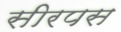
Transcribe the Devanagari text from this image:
सीरपस